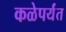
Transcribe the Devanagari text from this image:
कळेपर्यंत